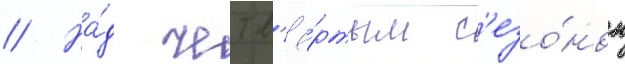
// На́д четв'ё́ртым с'езо́ном